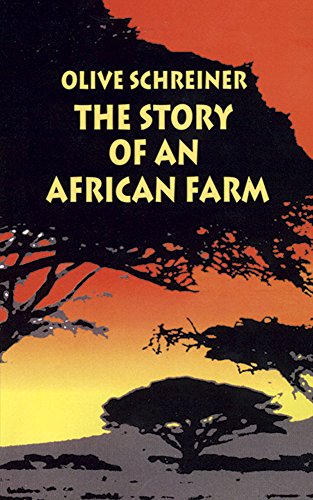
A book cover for The Story of an African Farm (Dover Thrift Editions); Olive Schreiner; Literature & Fiction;